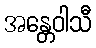
အန္တေဝါသီ